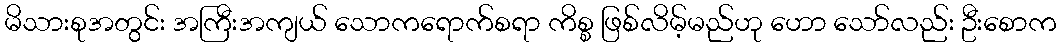
မိသားစုအတွင်း အကြီးအကျယ် သောကရောက်စရာ ကိစ္စ ဖြစ်လိမ့်မည်ဟု ဟော သော်လည်း ဦးစောက